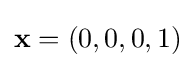
\mathbf {x} =(0,0,0,1)